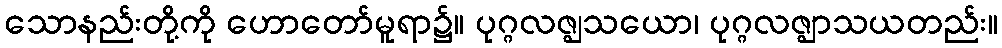
သောနည်းတို့ကို ဟောတော်မူရာ၌။ ပုဂ္ဂလဇ္ဈသယော၊ ပုဂ္ဂလဇ္ဈာသယတည်း။